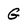
Character: G